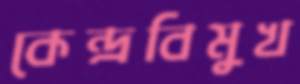
কেন্দ্রবিমুখ